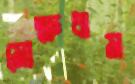
মোক্ষধাম